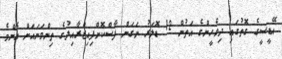
އޭޑީސީގެ ގޮތުގައި ދިވެހީންގެ އަތުން 12 ޑޮލަރު ނަގަން ފާސްކޮށްފިއިޒްރާއިލުގެ ތިންވަނައަށް އެންމެ